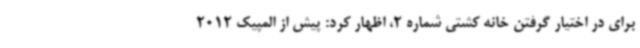
برای در اختیار گرفتن خانه کشتی شماره 2، اظهار کرد: پیش از المپیک 2012